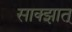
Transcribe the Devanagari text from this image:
साक्झात्